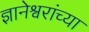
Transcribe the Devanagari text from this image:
ज्ञानेश्वरांंच्या